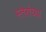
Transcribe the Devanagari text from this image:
स्तरांच्या